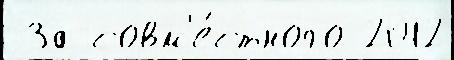
 За совм'е́стного 2012